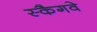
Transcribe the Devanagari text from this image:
स्कैगवे